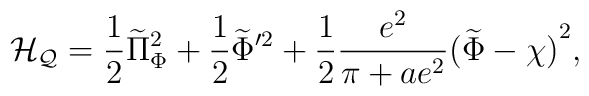
{\cal   H_Q}={1\over   2}\widetilde\Pi^2_\Phi +{1\over   2}\widetilde\Phi'^2+{1\over 2}{e^2\over {\pi+ae^2}}{(\widetilde\Phi -\chi)}^2,